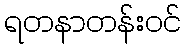
ရတနာတန်းဝင်